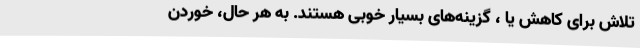
تلاش برای کاهش یا ، گزینه‌های بسیار خوبی هستند. به هر حال، خوردن